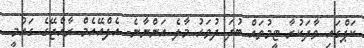
ކަޕްގައި ވާދަކުރާ ޓީމުތައް ބުދަ ދުވަހު މާލެ އަންނާނެ- އެފްއޭއެމް ރާއްޖޭގެ ގައުމީ